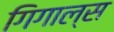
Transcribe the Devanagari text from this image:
गिगाल्स